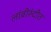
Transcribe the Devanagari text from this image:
लांबीरुंदीत